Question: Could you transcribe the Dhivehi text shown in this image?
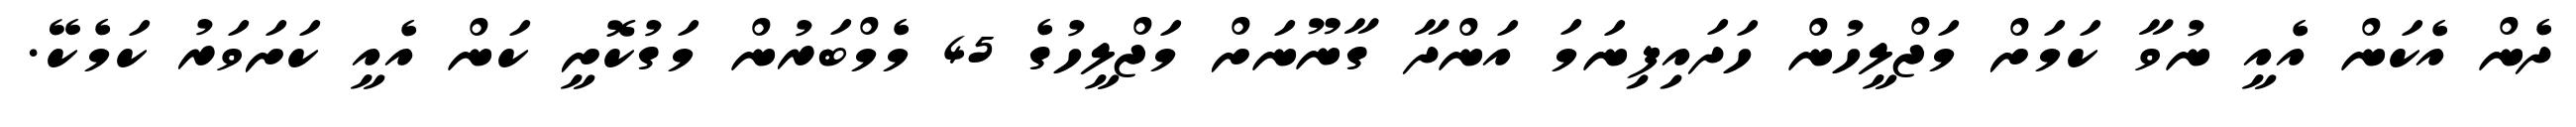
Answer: ދެން އެކަން އެއީ ނުވާ ކަމަށް މަޖްލީހުން ހަދައިފިނަމަ އަންދާ ގާނޫނަށް މަޖްލީހުގެ 45 މެމްބަރުން މަގުކޮށީ ކަން އެއީ ކަށަވަރު ކަމެކޭ.